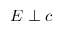
E \perp c